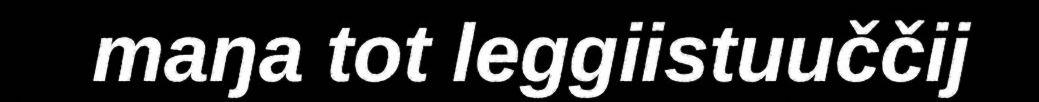
maŋa tot leggiistuuččij